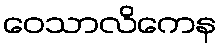
ဝေသာလိကေန